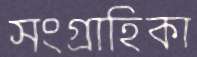
সংগ্রাহিকা